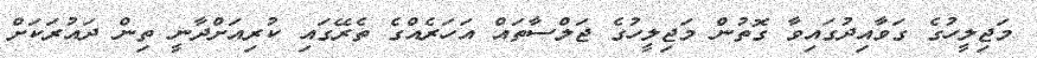
މަޖިލީހުގެ ގަވާއިދުގައިވާ ގޮތުން މަޖިލީހުގެ ޖަލްސާތައް އަހަރެއްގެ ތެރޭގައި ކުރިއަށްދާނީ ތިން ދައުރަކަށް